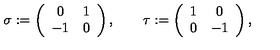
\sigma : = \left( \begin{array} { c c } { 0 } & { 1 } \\ { - 1 } & { 0 } \\ \end{array} \right) , \qquad \tau : = \left( \begin{array} { c c } { 1 } & { 0 } \\ { 0 } & { - 1 } \\ \end{array} \right) ,